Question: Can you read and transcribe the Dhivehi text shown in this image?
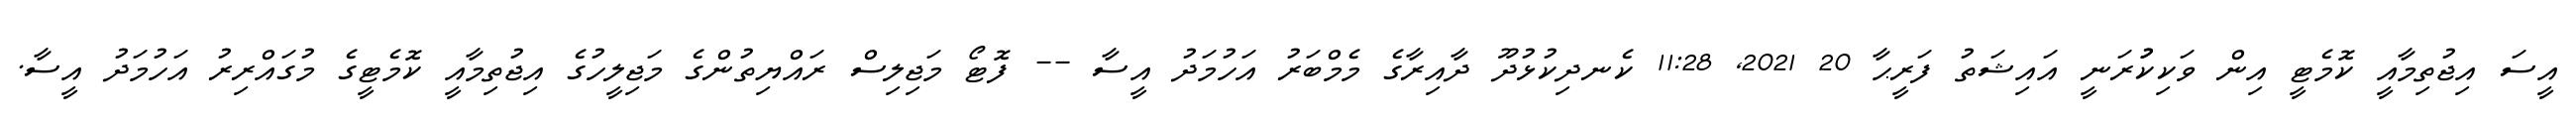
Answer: އީސަ އިޖުތިމާއީ ކޮމެޓީ އިން ވަކިކުުރަނީ އައިޝަތު ފަރީޙާ 20 2021, 11:28 ކެނދިކުޅުދޫ ދާއިރާގެ މެމްބަރު އަހުމަދު އީސާ -- ފޮޓޯ މަޖިލިސް ރައްޔިތުންގެ މަޖިލީހުގެ އިޖުތިމާއީ ކޮމެޓީގެ މުގައްރިރު އަހުމަދު އީސާ.